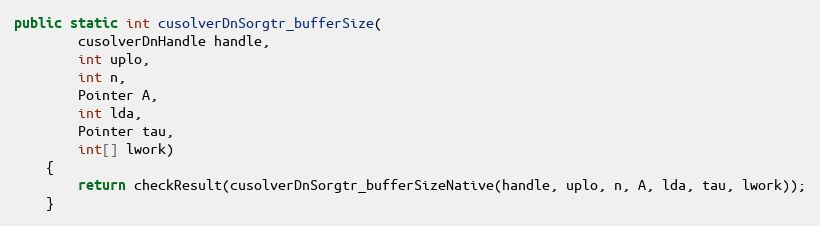
Language: Java
public static int cusolverDnSorgtr_bufferSize(
        cusolverDnHandle handle,
        int uplo,
        int n,
        Pointer A,
        int lda,
        Pointer tau,
        int[] lwork)
    {
        return checkResult(cusolverDnSorgtr_bufferSizeNative(handle, uplo, n, A, lda, tau, lwork));
    }